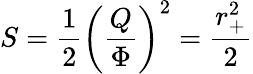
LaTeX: S={\frac{1}{2}}\left({\frac{Q}{\Phi}}\right)^{2}={\frac{r_{+}^{2}}{2}}